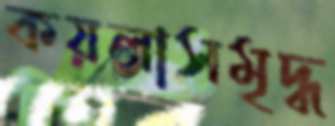
কয়লাসমৃদ্ধ